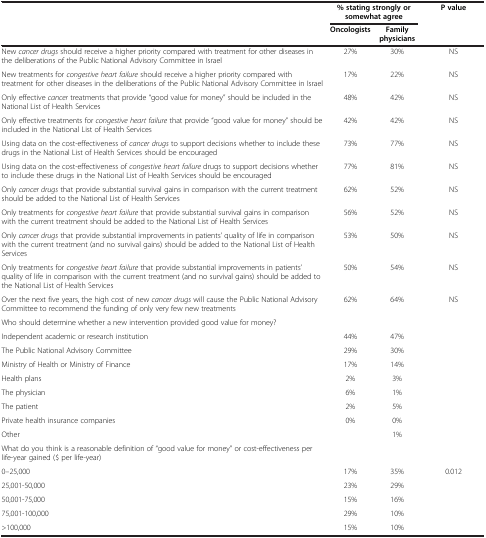
<table><thead><tr><td rowspan="2"><b> </b></td><td colspan="2"><b>% stating strongly or somewhat agree</b></td><td rowspan="2"><b>P value</b></td></tr><tr><td><b>Oncologists</b></td><td><b>Family physicians</b></td></tr></thead><tbody><tr><td>New <i>cancer drugs</i> should receive a higher priority compared with treatment for other diseases in the deliberations of the Public National Advisory Committee in Israel</td><td>27%</td><td>30%</td><td>NS</td></tr><tr><td>New treatments for <i>congestive heart failure</i> should receive a higher priority compared with treatment for other diseases in the deliberations of the Public National Advisory Committee in Israel</td><td>17%</td><td>22%</td><td>NS</td></tr><tr><td>Only effective <i>cancer</i> treatments that provide “good value for money” should be included in the National List of Health Services</td><td>48%</td><td>42%</td><td>NS</td></tr><tr><td>Only effective treatments for <i>congestive heart failure</i> that provide “good value for money” should be included in the National List of Health Services</td><td>42%</td><td>42%</td><td>NS</td></tr><tr><td>Using data on the cost-effectiveness of <i>cancer drugs</i> to support decisions whether to include these drugs in the National List of Health Services should be encouraged</td><td>73%</td><td>77%</td><td>NS</td></tr><tr><td>Using data on the cost-effectiveness of <i>congestive heart failure</i> drugs to support decisions whether to include these drugs in the National List of Health Services should be encouraged</td><td>77%</td><td>81%</td><td>NS</td></tr><tr><td>Only <i>cancer drugs</i> that provide substantial survival gains in comparison with the current treatment should be added to the National List of Health Services</td><td>62%</td><td>52%</td><td>NS</td></tr><tr><td>Only treatments for <i>congestive heart failure</i> that provide substantial survival gains in comparison with the current treatment should be added to the National List of Health Services</td><td>56%</td><td>52%</td><td>NS</td></tr><tr><td>Only <i>cancer drugs</i> that provide substantial improvements in patients’ quality of life in comparison with the current treatment (and no survival gains) should be added to the National List of Health Services</td><td>53%</td><td>50%</td><td>NS</td></tr><tr><td>Only treatments for <i>congestive heart failure</i> that provide substantial improvements in patients’ quality of life in comparison with the current treatment (and no survival gains) should be added to the National List of Health Services</td><td>50%</td><td>54%</td><td>NS</td></tr><tr><td>Over the next five years, the high cost of new <i>cancer drugs</i> will cause the Public National Advisory Committee to recommend the funding of only very few new treatments</td><td>62%</td><td>64%</td><td>NS</td></tr><tr><td>Who should determine whether a new intervention provided good value for money?</td><td> </td><td> </td><td> </td></tr><tr><td>Independent academic or research institution</td><td>44%</td><td>47%</td><td> </td></tr><tr><td>The Public National Advisory Committee</td><td>29%</td><td>30%</td><td> </td></tr><tr><td>Ministry of Health or Ministry of Finance</td><td>17%</td><td>14%</td><td> </td></tr><tr><td>Health plans</td><td>2%</td><td>3%</td><td> </td></tr><tr><td>The physician</td><td>6%</td><td>1%</td><td> </td></tr><tr><td>The patient</td><td>2%</td><td>5%</td><td> </td></tr><tr><td>Private health insurance companies</td><td>0%</td><td>0%</td><td> </td></tr><tr><td>Other</td><td> </td><td>1%</td><td> </td></tr><tr><td>What do you think is a reasonable definition of “good value for money” or cost-effectiveness per life-year gained ($ per life-year)</td><td> </td><td> </td><td> </td></tr><tr><td>0–25,000</td><td>17%</td><td>35%</td><td>0.012</td></tr><tr><td>25,001-50,000</td><td>23%</td><td>29%</td><td> </td></tr><tr><td>50,001-75,000</td><td>15%</td><td>16%</td><td> </td></tr><tr><td>75,001-100,000</td><td>29%</td><td>10%</td><td> </td></tr><tr><td>&gt;100,000</td><td>15%</td><td>10%</td><td> </td></tr></tbody></table>